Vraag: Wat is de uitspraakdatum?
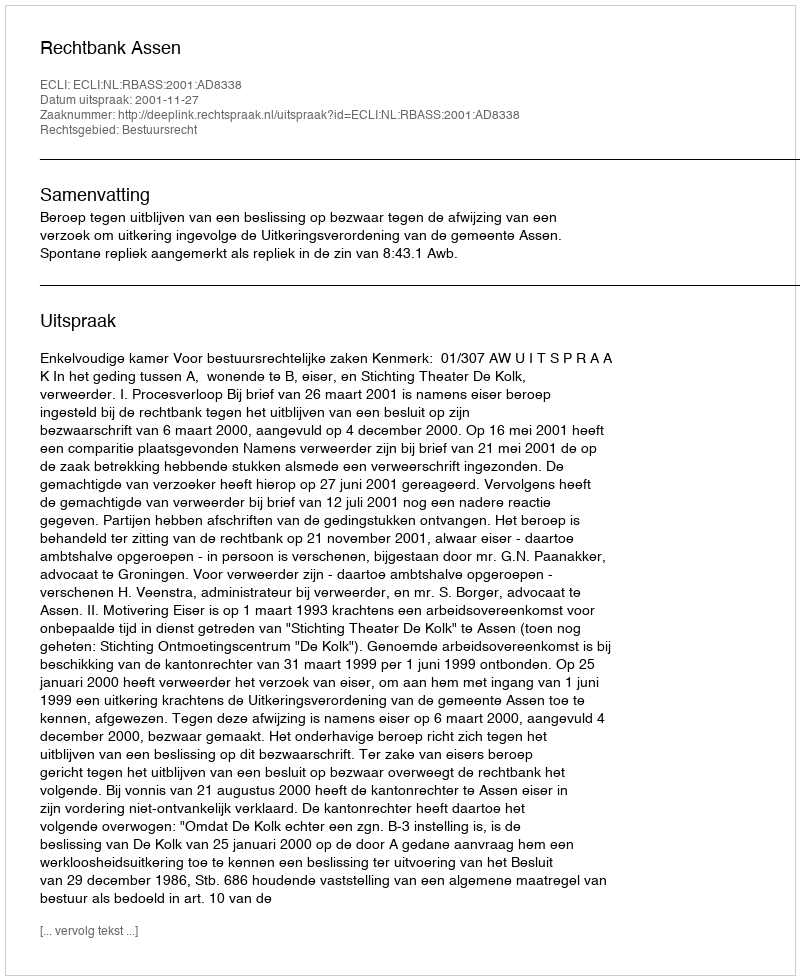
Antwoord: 2001-11-27